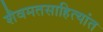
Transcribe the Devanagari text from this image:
शैवमतसाहित्यांत